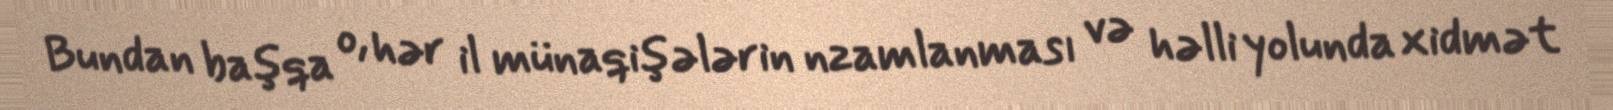
Bundan başqa o, hər il münaqişələrin nzamlanması və həlli yolunda xidmət